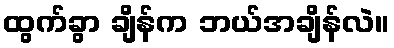
ထွက်ခွာ ချိန်က ဘယ်အချိန်လဲ။